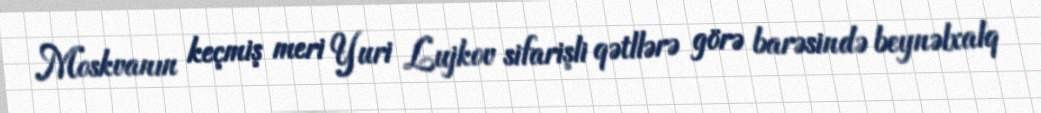
Moskvanın keçmiş meri Yuri Lujkov sifarişli qətllərə görə barəsində beynəlxalq